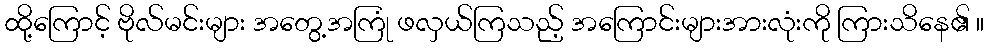
ထို့ကြောင့် ဗိုလ်မင်းများ အတွေ့အကြုံ ဖလှယ်ကြသည့် အကြောင်းများအားလုံးကို ကြားသိနေ၏ ။